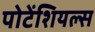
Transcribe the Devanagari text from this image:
पोटेंशियल्स